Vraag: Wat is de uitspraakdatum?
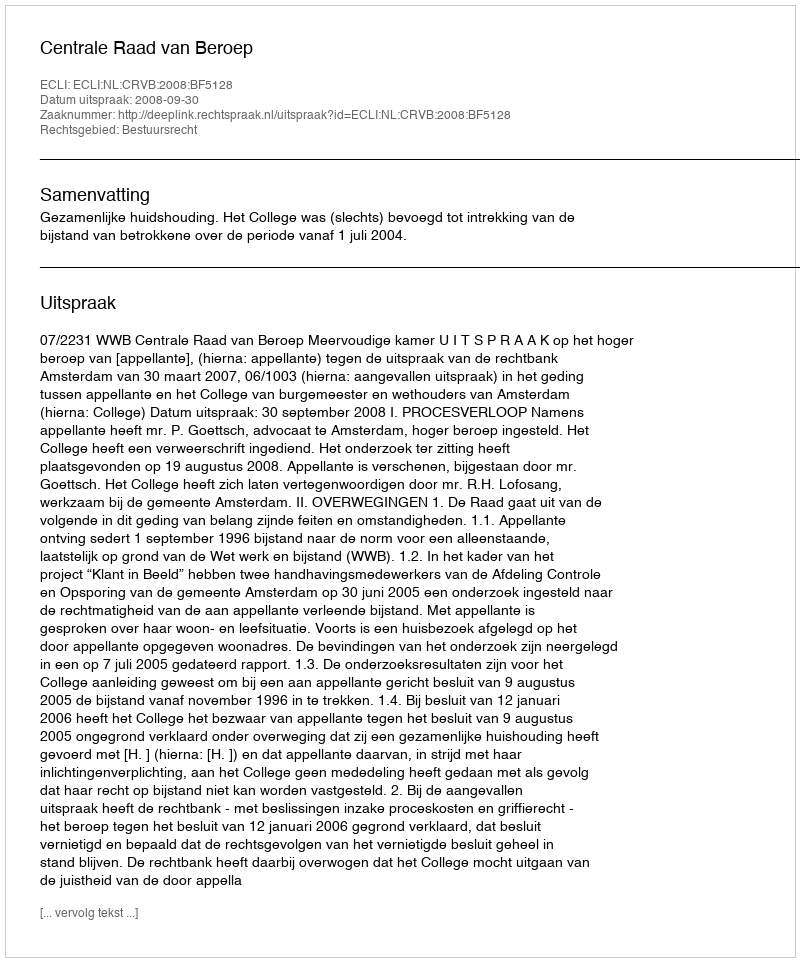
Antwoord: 2008-09-30